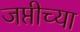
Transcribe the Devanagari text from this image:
जप्तीच्या